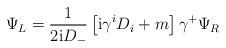
LaTeX: \begin{align*}\Psi_L ={1 \over 2{\rm i}D_-} \left[ {\rm i} \gamma^i D_i +m \right ] \gamma^+ \Psi_R\end{align*}